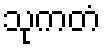
သုကတံ